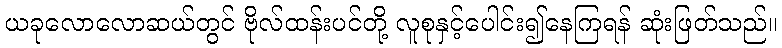
ယခုလောလောဆယ်တွင် ဗိုလ်ထန်းပင်တို့ လူစုနှင့်ပေါင်း၍နေကြရန် ဆုံးဖြတ်သည်။